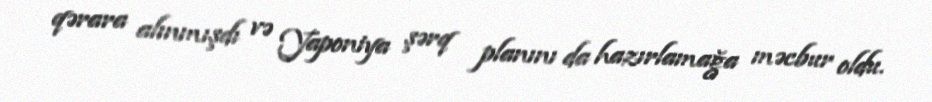
qərara alınmışdı və Yaponiya şərq planını da hazırlamağa məcbur oldu.